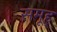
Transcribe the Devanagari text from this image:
समूह्